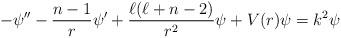
LaTeX: \begin{align*}-\psi''-\frac{n-1}{r}\psi' + \frac{\ell(\ell+n-2)}{r^{2}}\psi + V(r)\psi = k^{2}\psi \end{align*}